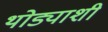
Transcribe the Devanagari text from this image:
थोड्याशी